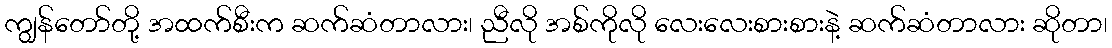
ကျွန်တော်တို့ အထက်စီးက ဆက်ဆံတာလား၊ ညီလို အစ်ကိုလို လေးလေးစားစားနဲ့ ဆက်ဆံတာလား ဆိုတာ၊